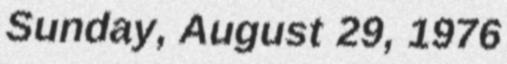
Sunday, August 29, 1976